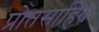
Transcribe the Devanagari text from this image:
प्रोतसाहित